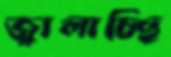
জ্বালাচ্ছি